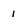
Character: 1